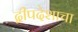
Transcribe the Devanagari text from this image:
द्वीपदेशाचा